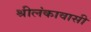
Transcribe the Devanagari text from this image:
श्रीलंकावासी